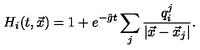
H _ { i } ( t , \vec { x } ) = 1 + e ^ { - \hat { g } t } \sum _ { j } { \frac { q _ { i } ^ { j } } { | \vec { x } - \vec { x } _ { j } | } } .